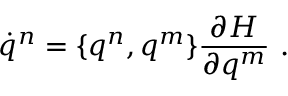
\dot { q } ^ { n } = \{ q ^ { n } , q ^ { m } \} \frac { \partial H } { \partial q ^ { m } } \ .